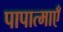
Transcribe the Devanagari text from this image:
पापात्माएँ